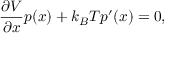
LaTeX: { \frac { \partial V } { \partial x } } p ( x ) + { k _ { B } T } p ^ { \prime } ( x ) = 0 ,